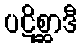
ပဋိစ္ဆာဒီ